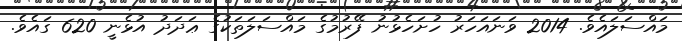
މައްސަލައެވެ. 2014 ވަނައަހަރު ހުށަހެޅުނު ފޭރުމުގެ މައްސަލަތަކުގެ ޢަދަދު އުޅެނީ 620 ގައެވެ.